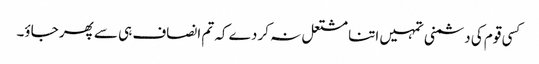
کسی قوم کی دشمنی تمہیں اتنا مشتعل نہ کر دے کہ تم انصاف ہی سے پھر جاؤ۔